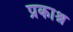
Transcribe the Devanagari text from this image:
प्रकाश्न